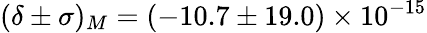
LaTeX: (\delta\pm\sigma)_{M}=(-10.7\pm 19.0)\times 10^{-15}